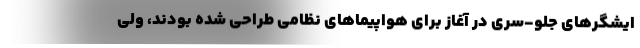
ایشگرهای جلو-سری در آغاز برای هواپیماهای نظامی طراحی شده بودند، ولی